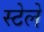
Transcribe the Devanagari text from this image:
स्टेले